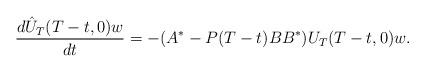
LaTeX: \begin{align*}\frac{d\hat{U}_T(T-t,0)w}{dt}=-(A^*-P(T-t)BB^*){U}_T(T-t,0)w.\end{align*}